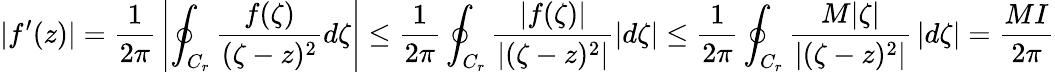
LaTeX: |f^{\prime}(z)|={\frac{1}{2\pi}}\left|\oint_{C_{r}}{\frac{f(\zeta)}{(\zeta-z)^{2}}}d\zeta\right|\leq{\frac{1}{2\pi}}\oint_{C_{r}}{\frac{|f(\zeta)|}{\left|(\zeta-z)^{2}\right|}}|d\zeta|\leq{\frac{1}{2\pi}}\oint_{C_{r}}{\frac{M|\zeta|}{\left|(\zeta-z)^{2}\right|}}\left|d\zeta\right|={\frac{MI}{2\pi}}